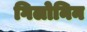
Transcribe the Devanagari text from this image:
गिलोनिन